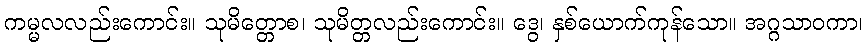
ကမ္မလလည်းကောင်း။ သုမိတ္တောစ၊ သုမိတ္တလည်းကောင်း။ ဒွေ၊ နှစ်ယောက်ကုန်သော။ အဂ္ဂသာဝကာ၊